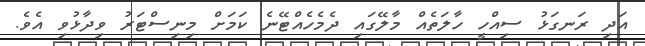
އަދި ރަނގަޅު ސިއްހީ ހާލަތެއް މާލޭގައި ދެމެހެއްޓޭނެ ކަމަށް މިނިސްޓަރު ވިދާޅުވި އެވެ.